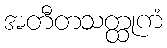
အတီတသတ္ထုကံ